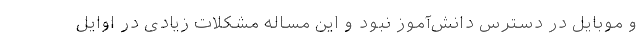
و موبایل در دسترس دانش‌آموز نبود و این مساله مشکلات زیادی در اوایل